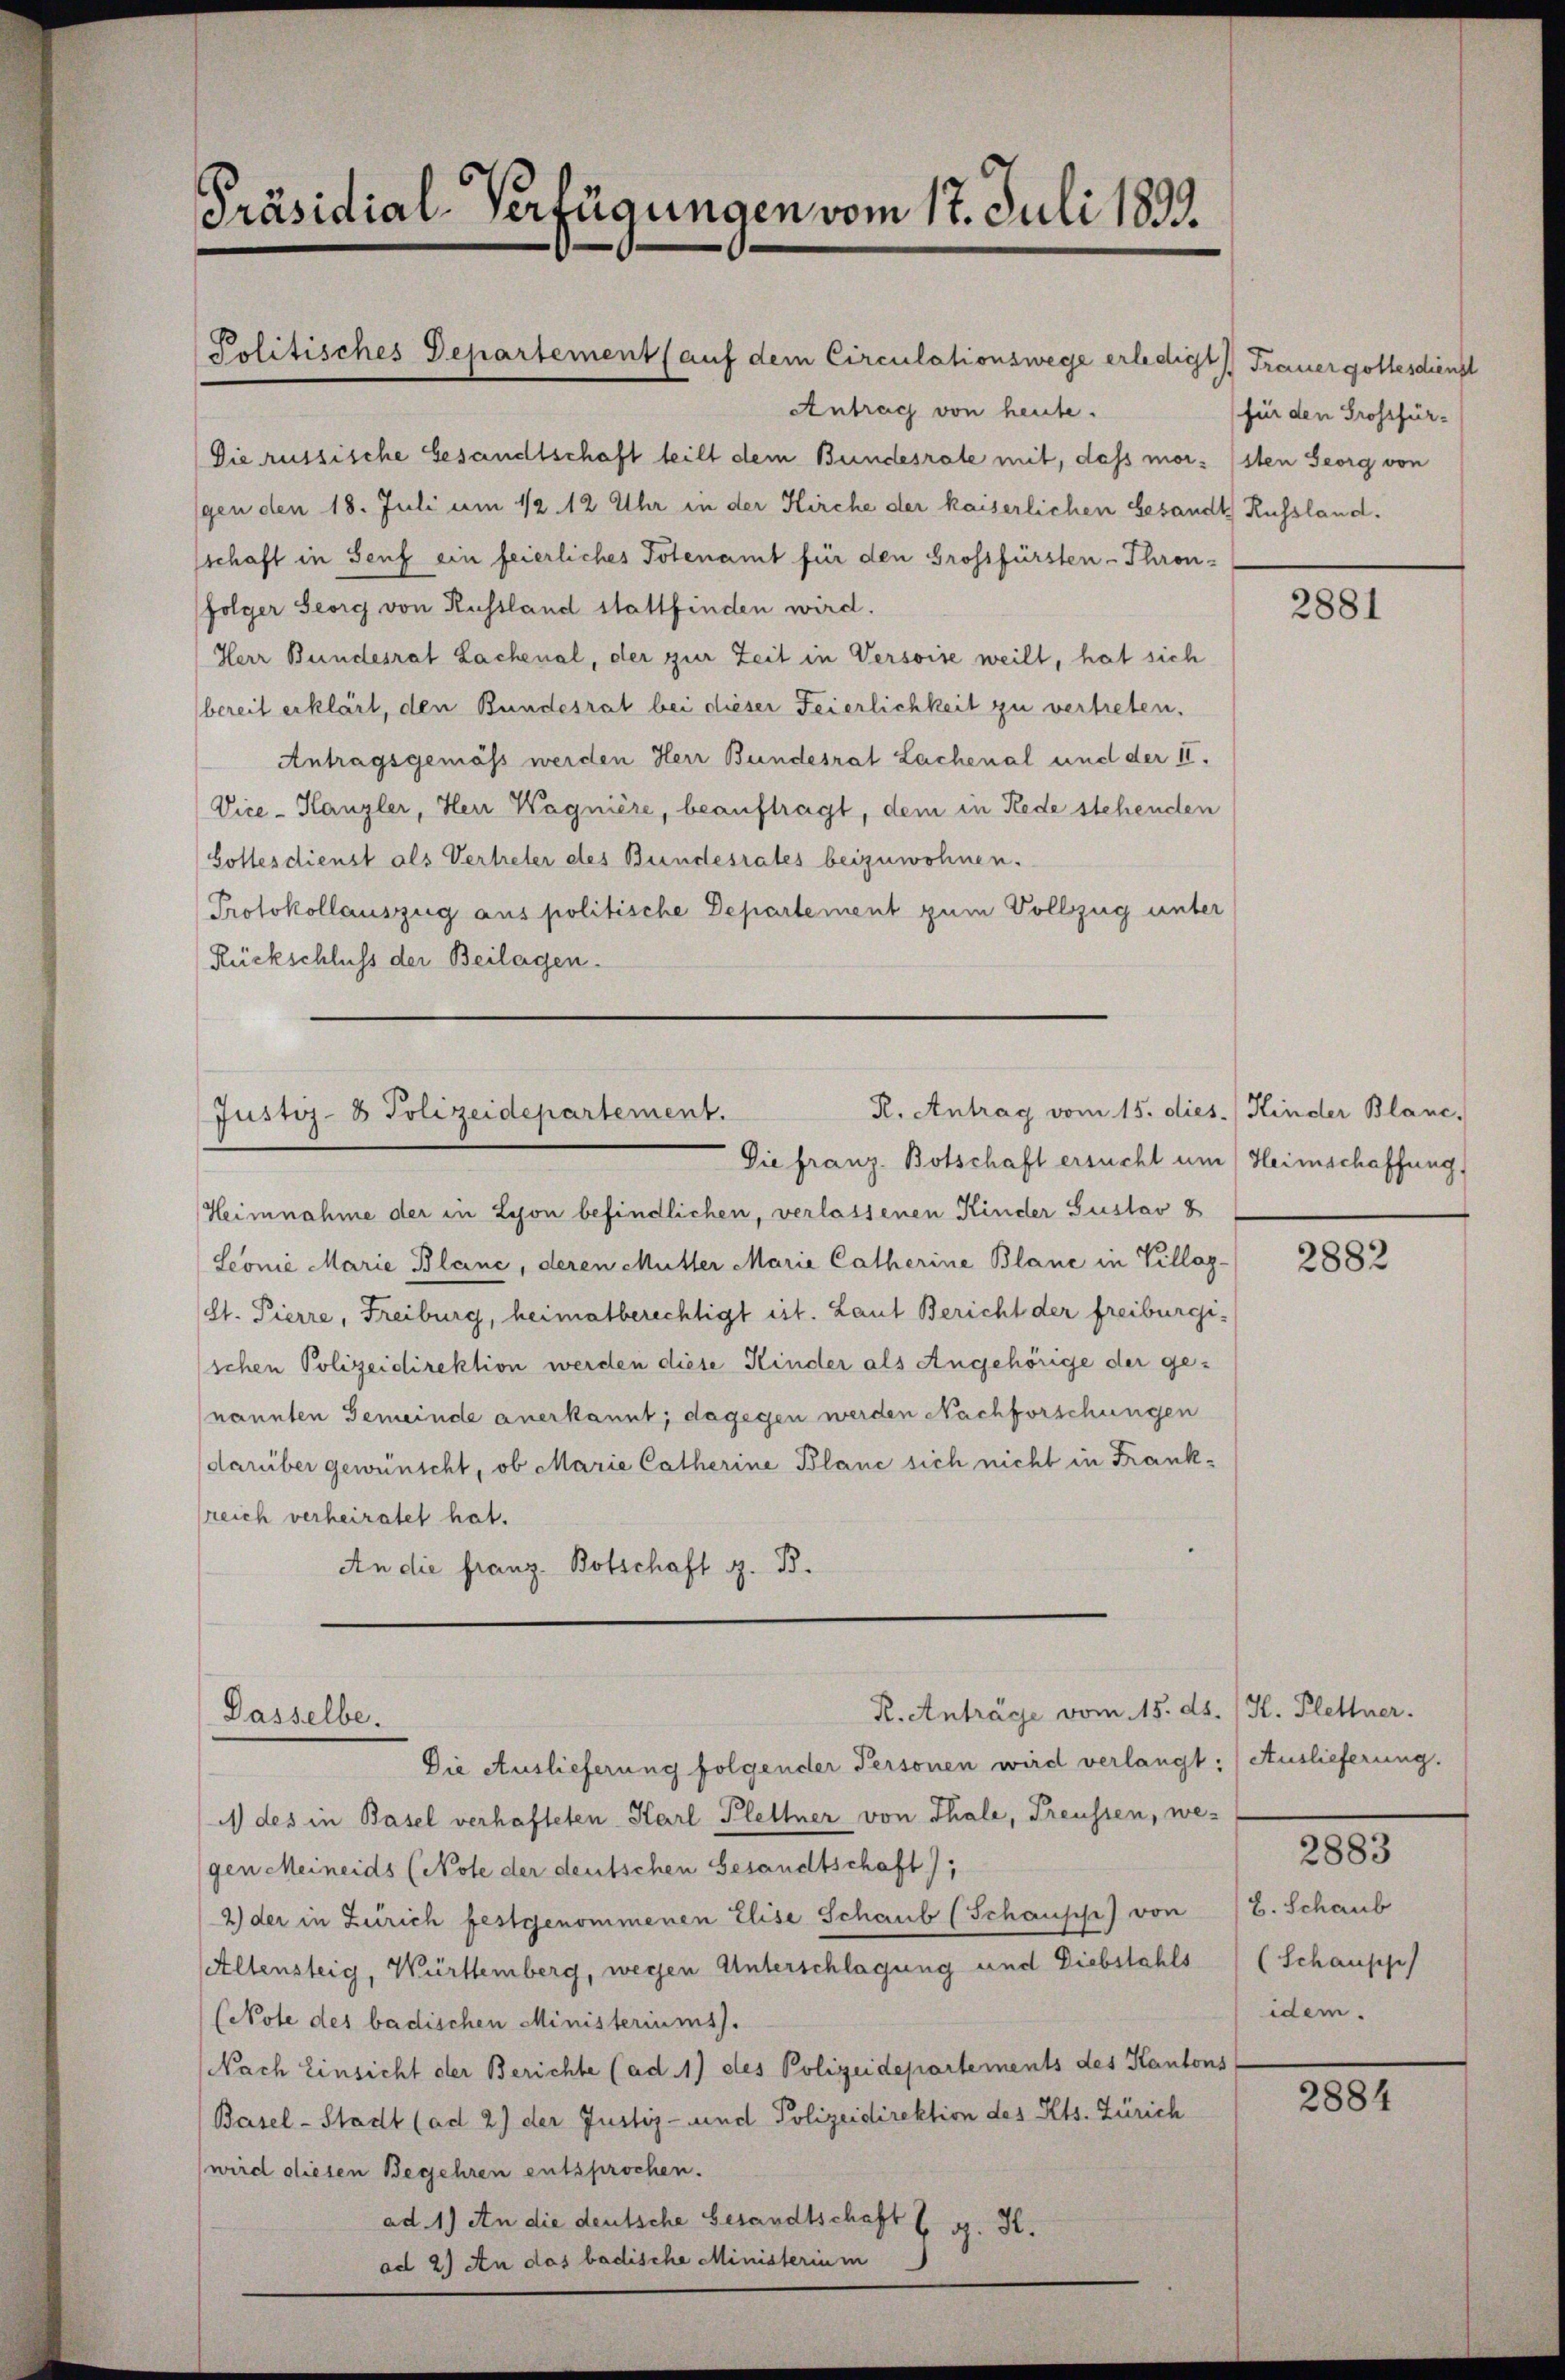
Präsidial-Verfügungen vom 17. Juli 1893.

Politisches Departement (auf dem Circulationswege erledigt) Frauergottesdienst
Antrag von heute.
Die russische Gesandtschaft teilt dem Bundesrate mit, dass mor. (sten Georg von
gen den 18. Juli um 1/2 12 Uhr in der Kirche der kaiserlichen Gesandt Russland.
sschaft in Senf ein feierliches Totenamt für den Grossfürsten - Thronfolger Georg von Russland stattfinden wird.
Herr Bundesrat Lachenal, der zur Zeit in Versoise weilt, hat sich
bereit erklärt, den Bundesrat bei dieser Feierlichkeit zu vertreten.
Antragsgemäss werden Herr Bundesrat Lachenal und der II.
Vice-Kanzler, Herr Wagnière, beauftragt, dem in Rede stehenden
Gottesdienst als Vertreter des Bundesrates beizuwohnen.
Protokollauszug aus politische Departement zum Vollzug unter
Rückschluss der Beilagen.
R. Antrag vom 15. dies. / Kinder Blanc,
Justiz- & Polizeidepartement.
Die franz. Botschaft ersucht um Heimschaffung
Heimnahme der in Lyon befindlichen, verlassenen Kinder Gustav 8
Seonić Marie Blanc, deren Mutter Marie Catherine Blanc in Villag¬
(St. Pierre, Freiburg, heimatberechtigt ist. Laut Bericht der freiburgischen Polizeidirektion werden diese Kinder als Angehörige der ge-
nannten Gemeinde anerkannt; dagegen werden Nachforschungen
darüber gewünscht, ob Marie Catherine Blanc sich nicht in Frankreich verheiratet hat.
An die franz Botschaft z. B.

Dasselbe.

R. Anträge vom 15. ds. (H. Klettner.

für den Grossfür-

Die Auslieferung folgender Personen wird verlangt: Auslieferung.
1 des in Basel verhafteten Karl Plettner von Thale, Freussen, wegen Meineids (Note der deutschen Gesandtschaft);
2) der in Zürich festgenommenen Elise Schaub (Schausche) von
Altensteig, Württemberg, wegen Unterschlagung und Diebstahls
(Note des badischen Ministeriums.
Nach Einsicht der Berichte (ad 1) des Polizeidepartements des Kantons
Basel-Stadt (ad 2) der Justiz- und Polizeidirektion des Kts. Zürich
wird diesen Begehren entsprochen.
ad. 1.) An die deutsche Gesandtschaft s. g. H.
ad 2.) An das badische Ministerium

2881

2882

2883

H. Schaub
(Schausp
idem.

2884